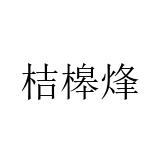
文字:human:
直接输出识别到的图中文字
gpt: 桔槔烽